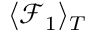
\langle \mathcal { F } _ { 1 } \rangle _ { T }